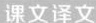
课文译文